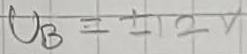
Text: UB=+12V